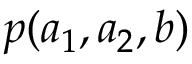
p ( a _ { 1 } , a _ { 2 } , b )